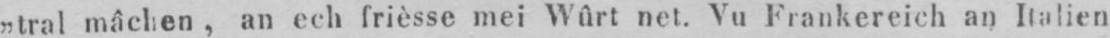
„tral mâchen, an ech frièsse mei Wûrt net. Vu Frankereich an Italien